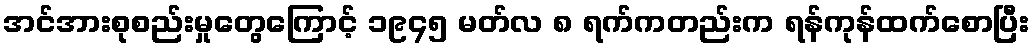
အင်အားစုစည်းမှုတွေကြောင့် ၁၉၄၅ မတ်လ ၈ ရက်ကတည်းက ရန်ကုန်ထက်စောပြီး